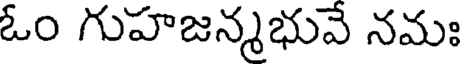
ఓం గుహజన్మభువే నమః